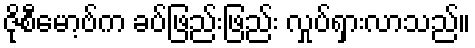
ဇိုစီမော့ဗ်က ခပ်ဖြည်းဖြည်း လှုပ်ရှားလာသည်။